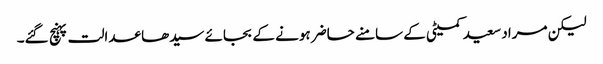
لیکن مراد سعید کمیٹی کے سامنے حاضر ہونے کے بجائے سیدھا عدالت پہنچ گئے۔